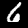
Digit: 6